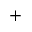
+